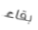
بقاء